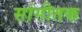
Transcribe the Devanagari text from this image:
सांगीतक